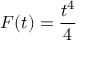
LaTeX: F ( t ) = { \frac { t ^ { 4 } } { 4 } }